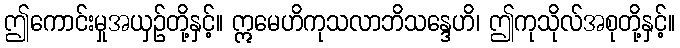
ဤကောင်းမှုအယှဉ်တို့နှင့်။ ဣမေဟိကုသလာဘိသန္ဒေဟိ၊ ဤကုသိုလ်အစုတို့နှင့်။